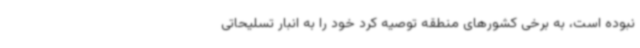
نبوده است، به برخی کشورهای منطقه توصیه کرد خود را به انبار تسلیحاتی